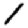
Digit: 1